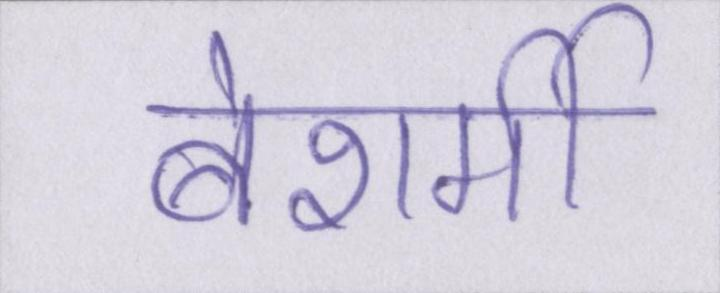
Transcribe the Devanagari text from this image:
बेशर्मी